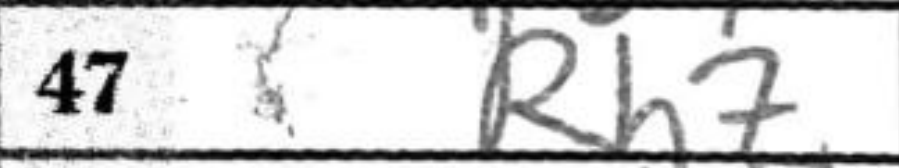
Transcription: Rh7